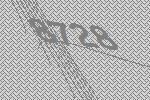
8728